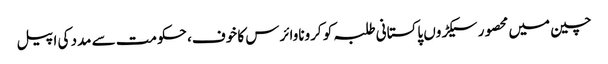
چین میں محصور سیکڑوں پاکستانی طلبہ کو کروناوائرس کا خوف، حکومت سے مدد کی اپیل